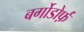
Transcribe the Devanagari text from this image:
बर्गोडोर्फ़